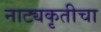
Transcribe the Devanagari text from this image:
नाट्यकृतीचा